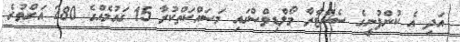
އަދި އެ ކުންފުނީގެ ސެންޓާރާ މޯލްޑިވްސްގައި މަސައްކަތްކުރާ 15 ގައުމެއްގެ 280 އަށްވުރެ